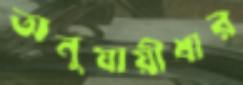
অনুযায়ীধার